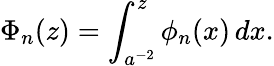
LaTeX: \Phi_{n}(z)=\int_{a^{-2}}^{z}\phi_{n}(x)\, dx.